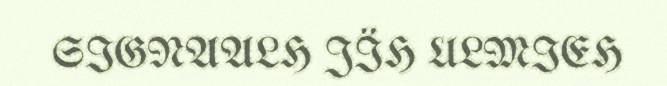
SIGNAALH JÏH ULMIEH